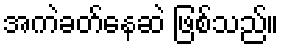
အကဲခတ်နေဆဲ ဖြစ်သည်။